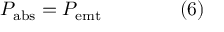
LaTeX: P _ { \mathrm { { a b s } } } = P _ { \mathrm { { e m t } } } \qquad \qquad ( 6 )